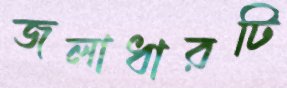
জলাধারটি